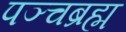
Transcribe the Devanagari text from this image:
पञ्चब्रह्म